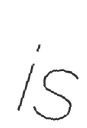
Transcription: is